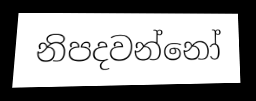
නිපදවන්නෝ